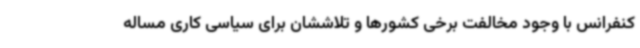
کنفرانس با وجود مخالفت برخی کشورها و تلاششان برای سیاسی کاری مساله